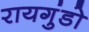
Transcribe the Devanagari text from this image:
रायगुंडो